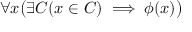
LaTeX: \forall x { \bigl ( } \exists C ( x \in C ) \implies \phi ( x ) { \bigr ) }